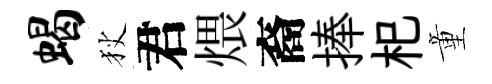
蝎狄君煨裔捧𣏌童